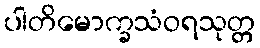
ပါတိမောက္ခသံဝရသုတ္တ